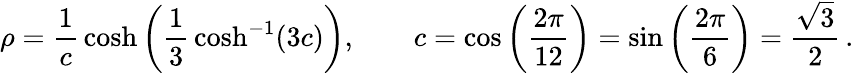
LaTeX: \rho={\frac{1}{c}}\cosh\left({\frac{1}{3}}\cosh^{-1}(3c)\right),\qquad c=\cos\left({\frac{2\pi}{12}}\right)=\sin\left({\frac{2\pi}{6}}\right)={\frac{\sqrt{3}}{2}}\, .